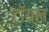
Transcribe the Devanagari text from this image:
टॉयल